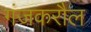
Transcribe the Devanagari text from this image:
गंजकरौल